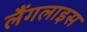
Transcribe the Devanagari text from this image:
लैंगलाइस